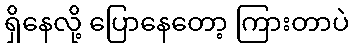
ရှိနေလို့ ပြောနေတော့ ကြားတာပဲ